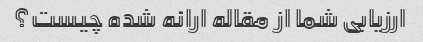
ارزیابی شما از مقاله ارائه شده چیست؟